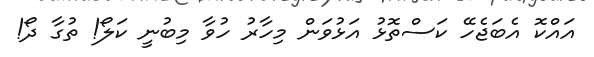
އައްކޮ އެބަޖެހޭ ކަސްތޮޅު އަޅުވަން މިހާރު ހުވާ މިބުނީ ކަލޯ! ތުގާ ދޯ!